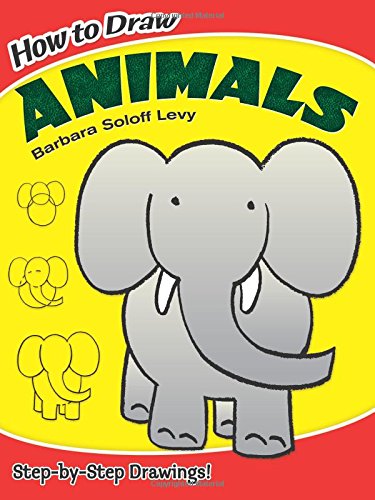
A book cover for How to Draw Animals (Dover How to Draw); Barbara Soloff Levy; Children's Books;